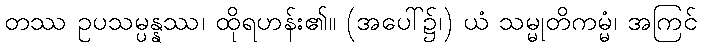
တဿ ဥပသမ္ပန္နဿ၊ ထိုရဟန်း၏။ (အပေါ်၌၊) ယံ သမ္မုတိကမ္မံ၊ အကြင်